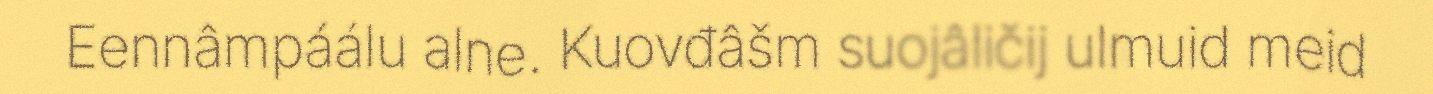
Eennâmpáálu alne. Kuovđâšm suojâličij ulmuid meid